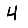
Digit: 4